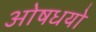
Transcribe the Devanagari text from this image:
ओषधयो